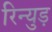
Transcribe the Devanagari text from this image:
रिन्युड़